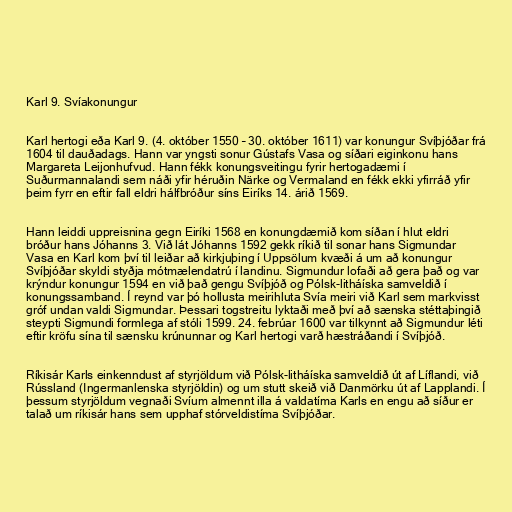
Karl 9. Svíakonungur

Karl hertogi eða Karl 9. (4. október 1550 – 30. október 1611) var konungur Svíþjóðar frá
1604 til dauðadags. Hann var yngsti sonur Gústafs Vasa og síðari eiginkonu hans
Margareta Leijonhufvud. Hann fékk konungsveitingu fyrir hertogadæmi í
Suðurmannalandi sem náði yfir héruðin Närke og Vermaland en fékk ekki yfirráð yfir
þeim fyrr en eftir fall eldri hálfbróður síns Eiríks 14. árið 1569.

Hann leiddi uppreisnina gegn Eiríki 1568 en konungdæmið kom síðan í hlut eldri
bróður hans Jóhanns 3. Við lát Jóhanns 1592 gekk ríkið til sonar hans Sigmundar
Vasa en Karl kom því til leiðar að kirkjuþing í Uppsölum kvæði á um að konungur
Svíþjóðar skyldi styðja mótmælendatrú í landinu. Sigmundur lofaði að gera það og var
krýndur konungur 1594 en við það gengu Svíþjóð og Pólsk-litháíska samveldið í
konungssamband. Í reynd var þó hollusta meirihluta Svía meiri við Karl sem markvisst
gróf undan valdi Sigmundar. Þessari togstreitu lyktaði með því að sænska stéttaþingið
steypti Sigmundi formlega af stóli 1599. 24. febrúar 1600 var tilkynnt að Sigmundur léti
eftir kröfu sína til sænsku krúnunnar og Karl hertogi varð hæstráðandi í Svíþjóð.

Ríkisár Karls einkenndust af styrjöldum við Pólsk-litháíska samveldið út af Líflandi, við
Rússland (Ingermanlenska styrjöldin) og um stutt skeið við Danmörku út af Lapplandi. Í
þessum styrjöldum vegnaði Svíum almennt illa á valdatíma Karls en engu að síður er
talað um ríkisár hans sem upphaf stórveldistíma Svíþjóðar.